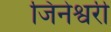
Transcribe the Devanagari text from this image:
जिनेश्वरी